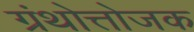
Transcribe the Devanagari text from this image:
ग्रंथोत्तोजक